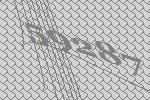
59287